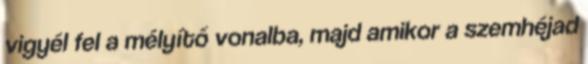
vigyél fel a mélyítő vonalba, majd amikor a szemhéjad